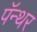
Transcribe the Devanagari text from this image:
पॅन्थर